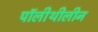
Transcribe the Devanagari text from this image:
पॉलीथीलीन